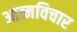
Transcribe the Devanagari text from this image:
आत्मविचार